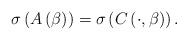
LaTeX: \begin{align*}\sigma\left( A\left( \beta\right) \right) =\sigma\left( C\left(\cdot,\beta\right) \right) . \end{align*}